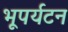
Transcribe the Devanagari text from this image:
भूपर्यटन